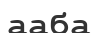
ааба